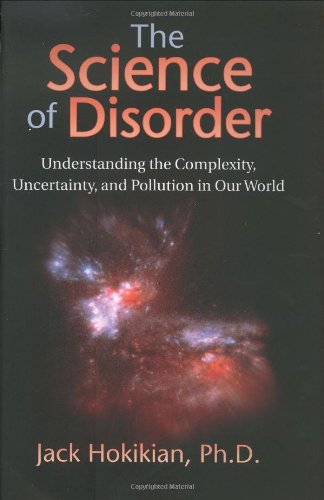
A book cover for The Science of Disorder: Understanding the Complexity, Uncertainty, and Pollution in Our World; Jack Hokikian; Science & Math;